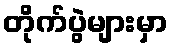
တိုက်ပွဲများမှာ